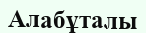
Алабұталы